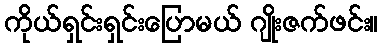
ကိုယ်ရှင်းရှင်းပြောမယ် ဂျိုးဇက်ဖင်း။